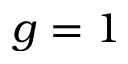
g = 1